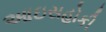
આઇસહોકી